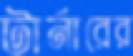
টার্নারের